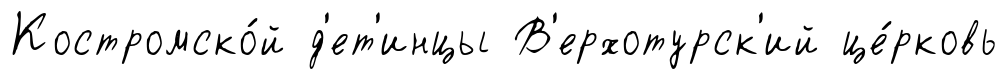
Костромско́й д'ет'инцы В'ерхотурск'ий це́рковь